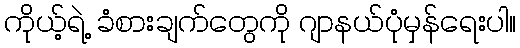
ကိုယ့်ရဲ့ ခံစားချက်တွေကို ဂျာနယ်ပုံမှန်ရေးပါ။